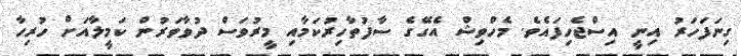
ގިނަފަހަރު އިނީ އިސްޖެހިފައެވެ. މެހްވިޝް އެގޭގެ ސާފުތާހިރުކަމާއި މީރުވަސް ދުވާވަރުން ކަމީލާއަށް ހުރިހާ